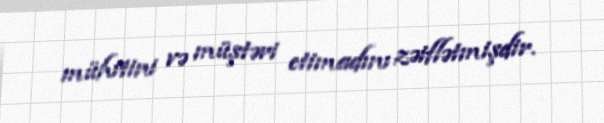
mühitini və müştəri etimadını zəiflətmişdir.